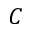
C